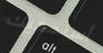
أستمحيك